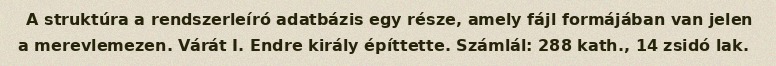
A struktúra a rendszerleíró adatbázis egy része, amely fájl formájában van jelen a merevlemezen. Várát I. Endre király építtette. Számlál: 288 kath., 14 zsidó lak.